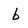
Character: b